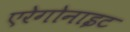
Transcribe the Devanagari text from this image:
एरेगोनाइट